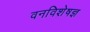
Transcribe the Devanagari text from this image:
वनविशेषज्ञ